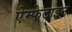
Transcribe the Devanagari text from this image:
ऐम्फेटाइन